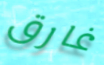
غارق